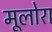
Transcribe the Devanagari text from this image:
मूलोरा